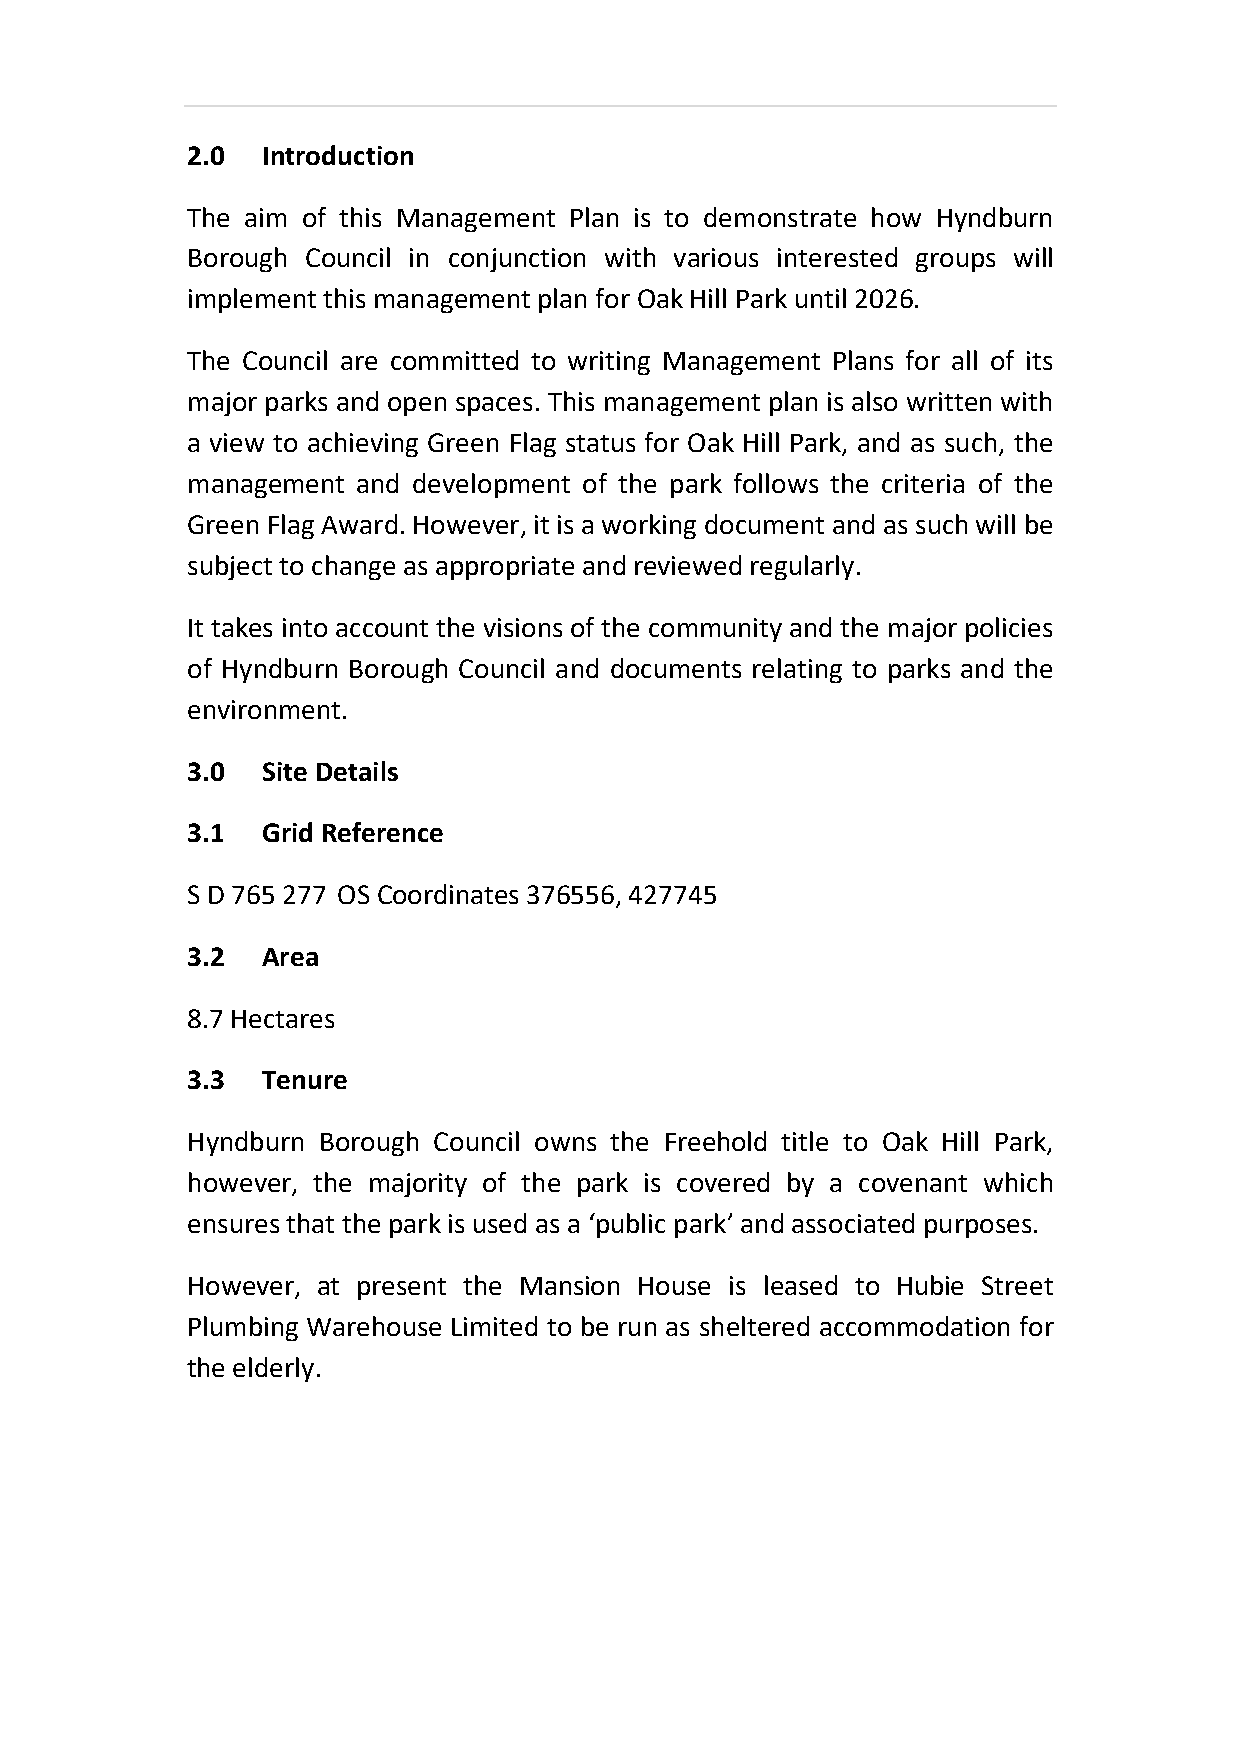
2.0  Introduction
 The aim of this Management Plan is to demonstrate how Hyndburn
 Borough Council in conjunction with various interested groups will
 implement this management plan for Oak Hill Park until 2026.
 The Council are committed to writing Management Plans for all of its
 major parks and open spaces. This management plan is also written with
 a view to achieving Green Flag status for Oak Hill Park, and as such, the
 management  and development of the park follows the criteria of the
 Green Flag Award. However, it is a working document and as such will be
 subject to change as appropriate and reviewed regularly.
 It takes into account the visions of the community and the major policies
 of Hyndburn Borough Council and documents relating to parks and the
 environment.
 3.0  Site Details
 3.1  Grid Reference
 S D 765 277 OS Coordinates 376556, 427745
 3.2  Area
 8.7 Hectares
 3.3  Tenure
 Hyndburn Borough Council owns the Freehold title to Oak Hill Park,
 however, the majority of the park is covered by a covenant which
 ensures that the park is used as a ‘public park’ and associated purposes.
 However, at present the Mansion House is leased to Hubie Street
 Plumbing Warehouse Limited to be run as sheltered accommodation for
 the elderly.